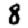
Digit: 8